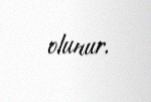
olunur.